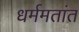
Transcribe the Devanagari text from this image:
धर्ममतांत